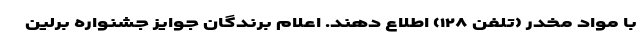
با مواد مخدر (تلفن ۱۲۸) اطلاع دهند. اعلام برندگان جوایز جشنواره برلین